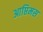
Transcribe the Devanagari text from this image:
आप्तिमस